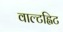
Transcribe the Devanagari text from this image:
वाल्टह्विट